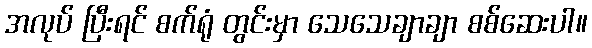
အလုပ် ပြီးရင် စက်ရုံ တွင်းမှာ သေသေချာချာ စစ်ဆေးပါ။